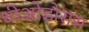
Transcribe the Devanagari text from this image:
थीओडोसस